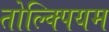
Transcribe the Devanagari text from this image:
तोल्क्पियम